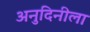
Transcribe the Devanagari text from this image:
अनुदिनीला